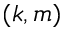
( k , m )